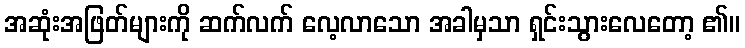
အဆုံးအဖြတ်များကို ဆက်လက် လေ့လာသော အခါမှသာ ရှင်းသွားလေတော့ ၏။